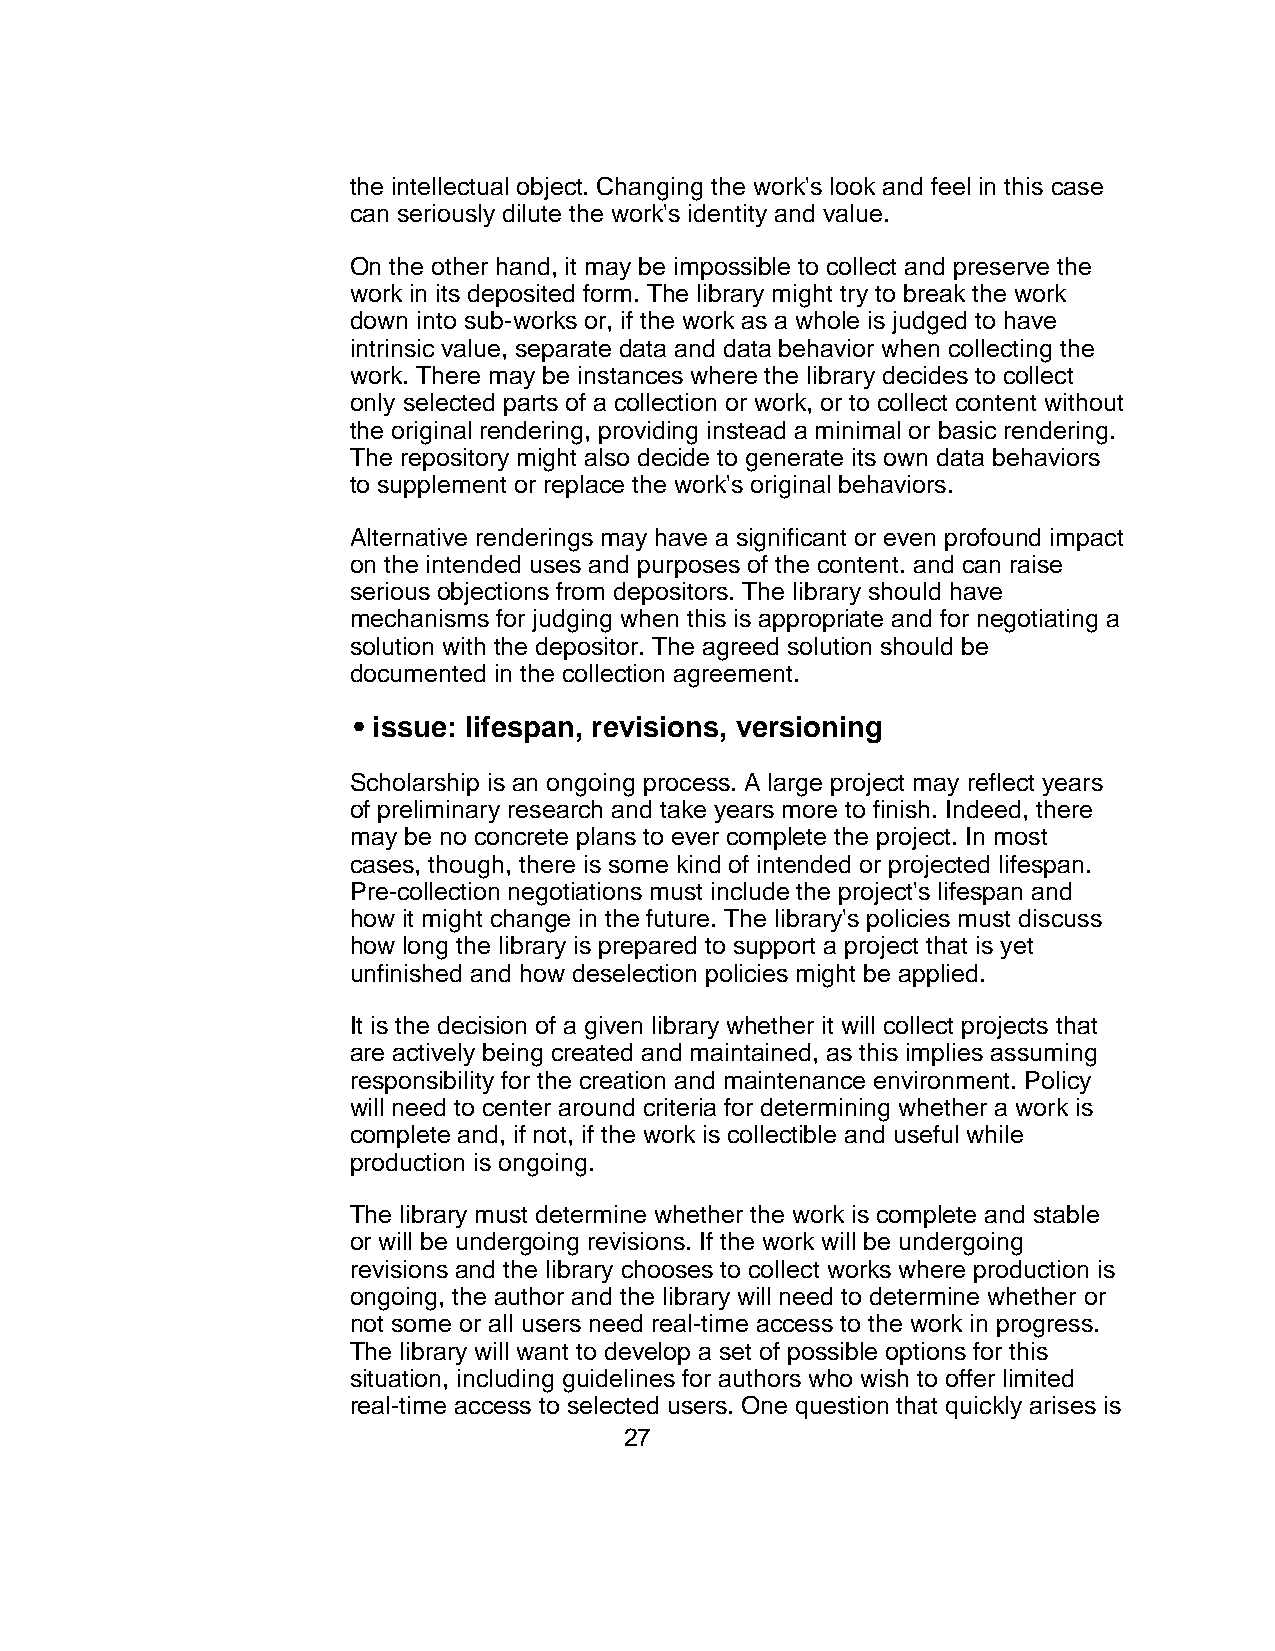
the intellectual object. Changing the work's look and feel in this case
 can seriously dilute the work's identity and value.
 On the other hand, it may be impossible to collect and preserve the
 work in its deposited form. The library might try to break the work
 down into sub-works or, if the work as a whole is judged to have
 intrinsic value, separate data and data behavior when collecting the
 work. There may be instances where the library decides to collect
 only selected parts of a collection or work, or to collect content without
 the original rendering, providing instead a minimal or basic rendering.
 The repository might also decide to generate its own data behaviors
 to supplement or replace the work's original behaviors.
 Alternative renderings may have a significant or even profound impact
 on the intended uses and purposes of the content. and can raise
 serious objections from depositors. The library should have
 mechanisms for judging when this is appropriate and for negotiating a
 solution with the depositor. The agreed solution should be
 documented in the collection agreement.
 • issue: lifespan, revisions, versioning
 Scholarship is an ongoing process. A large project may reflect years
 of preliminary research and take years more to finish. Indeed, there
 may be no concrete plans to ever complete the project. In most
 cases, though, there is some kind of intended or projected lifespan.
 Pre-collection negotiations must include the project's lifespan and
 how it might change in the future. The library's policies must discuss
 how long the library is prepared to support a project that is yet
 unfinished and how deselection policies might be applied.
 It is the decision of a given library whether it will collect projects that
 are actively being created and maintained, as this implies assuming
 responsibility for the creation and maintenance environment. Policy
 will need to center around criteria for determining whether a work is
 complete and, if not, if the work is collectible and useful while
 production is ongoing.
 The library must determine whether the work is complete and stable
 or will be undergoing revisions. If the work will be undergoing
 revisions and the library chooses to collect works where production is
 ongoing, the author and the library will need to determine whether or
 not some or all users need real-time access to the work in progress.
 The library will want to develop a set of possible options for this
 situation, including guidelines for authors who wish to offer limited
 real-time access to selected users. One question that quickly arises is
 27